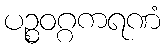
ပဉ္စဝဂ္ဂကရဏံ